Annual administration and progress report of the Indian Medical Department, Bombay
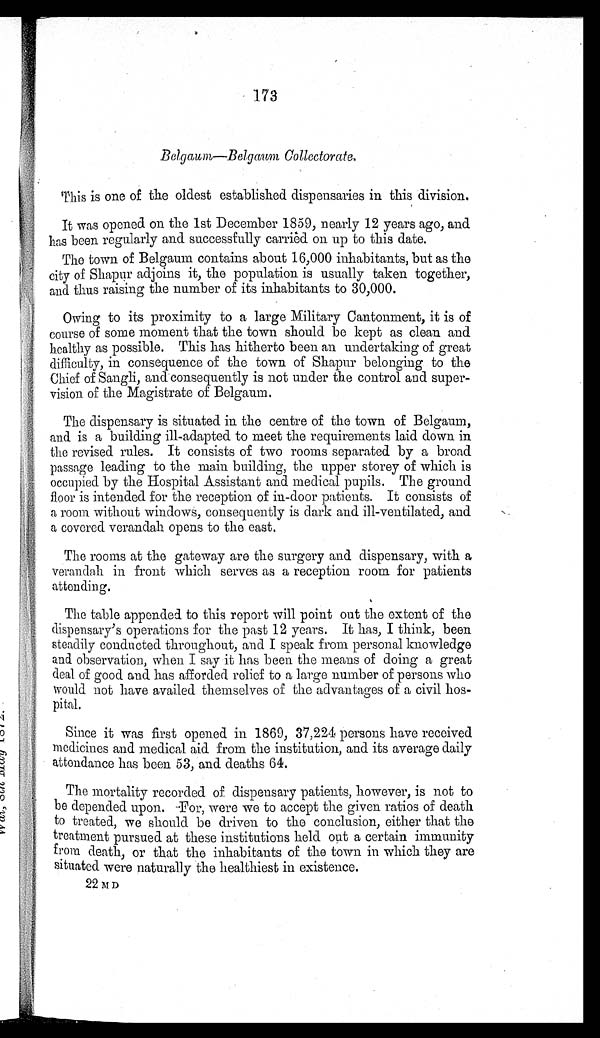
173
Belgaum—Belgaun Collectorate.
This is one of the oldest established dispensaries in this division.
It was opened on the 1st December 1859, nearly 12 years ago, and
has been regularly and successfully carried on up to this date.
The town of Belgaum contains about 16,000 inhabitants, but as the
city of Shapur adjoins it, the population is usually taken together,
and thus raising the number of its inhabitants to 30,000.
Owing to its proximity to a large Military Cantonment, it is of
course of some moment that the town should be kept as clean and
healthy as possible. This has hitherto been an undertaking of great
difficulty, in consequence of the town of Shapur belonging to the
Chief of Sangli, and consequently is not under the control and super-
vision of the Magistrate of Belgaum.
The dispensary is situated in the centre of the town of Belgaum,
and is a building ill-adapted to meet the requirements laid down in
the revised rules. It consists of two rooms separated by a broad
passage leading to the main building, the upper storey of which is
occupied by the Hospital Assistant and medical pupils. The ground
floor is intended for the reception of in-door patients. It consists of
a room without windows, consequently is dark and ill-ventilated, and
a covered verandah opens to the east.
The rooms at the gateway are the surgery and dispensary, with a
verandah in front which serves as a reception room for patients
attending.
The table appended to this report will point out the extent of the
dispensary's operations for the past 12 years. It has, I think, been
steadily conducted throughout, and I speak from personal knowledge
and observation, when I say it has been the means of doing a great
deal of good and has afforded relief to a large number of persons who
would not have availed themselves of the advantages of a civil hos
-pital.
Since it was first opened in 1869, 37,224 persons have received
medicines and medical aid from the institution, and its average daily
attendance has been 53, and deaths 64.
The mortality recorded of dispensary patients, however, is not to
be depended upon. For, were we to accept the given ratios of death
to treated, we should be driven to the conclusion, either that the
treatment pursued at these institutions held out a certain immunity
from death, or that the inhabitants of the town in which they are
situated were naturally the healthiest in existence.
22 M D